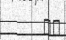
٢٩